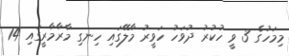
މިމަހުގެ 3 ވީ ހުކުރު ދުވަހު ހަވީރު މާލޭގައި ހިނގި މާރާމާރީގައި 14